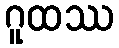
ဂူထဿ